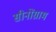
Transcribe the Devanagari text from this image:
सीनोंग्राम